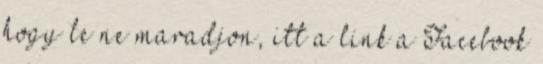
hogy le ne maradjon, itt a link a Facebook